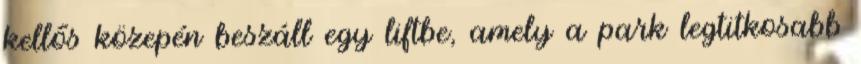
kellős közepén beszáll egy liftbe, amely a park legtitkosabb